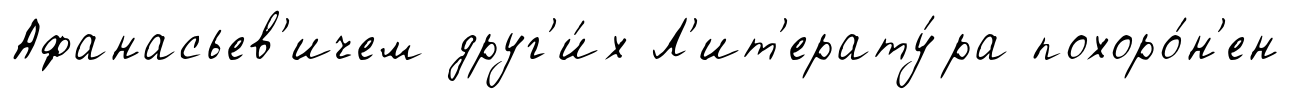
Афанасьев'ичем друг'и́х Л'ит'ерату́ра похоро́н'ен